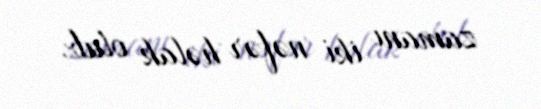
zamanı iki nəfər həlak olub.